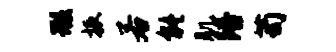
瑕振若能肌陪苟